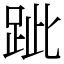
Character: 跐